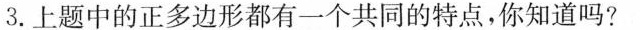
3.上题中的正多边形都有一个共同的特点，你知道吗?